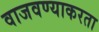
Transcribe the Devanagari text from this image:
वाजवण्याकरता